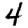
Digit: 4